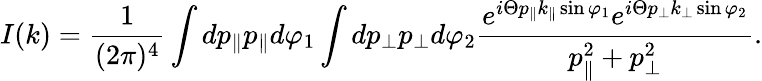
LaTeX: I(k)=\frac{1}{(2\pi)^{4}}\int dp_{\parallel}p_{\parallel}d\varphi_{1}\int dp_{\perp}p_{\perp}d\varphi_{2}\frac{e^{i\Theta p_{\parallel}k_{\parallel}\sin\varphi_{1}}e^{i\Theta p_{\perp}k_{\perp}\sin\varphi_{2}}}{p_{\parallel}^{2}+p_{\perp}^{2}}.